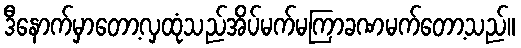
ဒီနောက်မှာတော့လှထုံသည်အိပ်မက်မကြာခဏမက်တော့သည်။